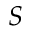
S